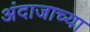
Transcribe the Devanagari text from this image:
अंदाजाच्या